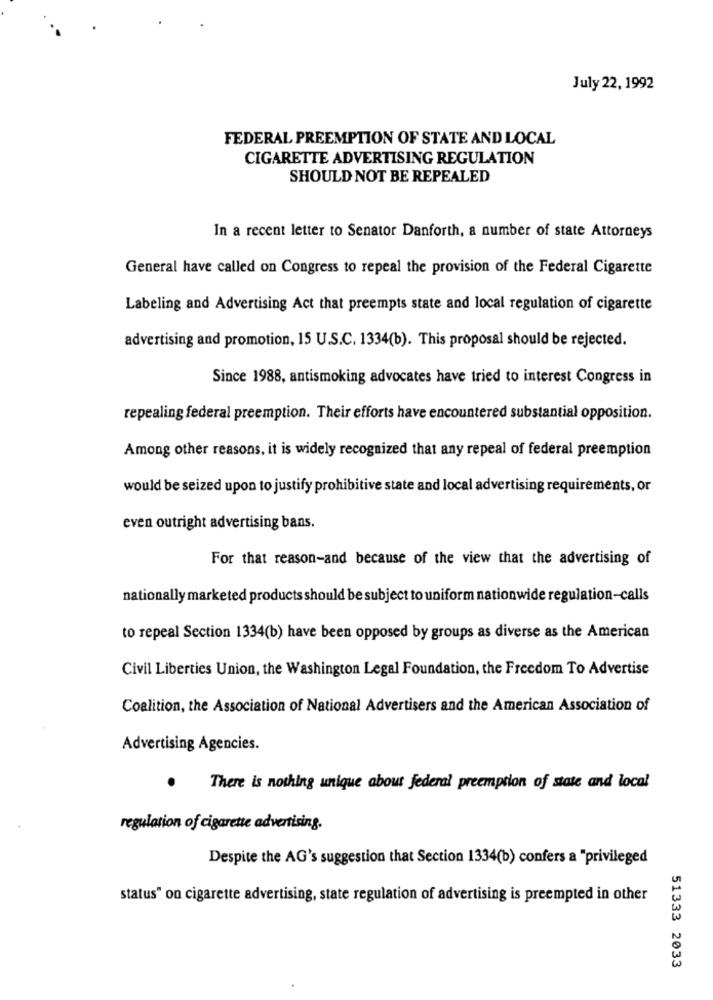
July 22, 1992
FEDERAL PREEMPTION OF STATE AND LOCAL
CIGARETTE ADVERTISING REGULATION
SHOULD NOT BE REPEALED
In a recent letter to Senator Danforth, a number of state Attorneys
General have called on Congress to repeal the provision of the Federal Cigarette
Labeling and Advertising Act that preempts state and local regulation of cigarette
advertising and promotion, 15 U.S.C. 1334(b). This proposal should be rejected.
Since 1988, antismoking advocates have tried to interest Congress in
repealing federal preemption. Their efforts have encountered substantial opposition.
Among other reasons, it is widely recognized that any repeal of federal preemption
would be seized upon to justify prohibitive state and local advertising requirements, or
even outright advertising bans.
For that reason-and because of the view that the advertising of
nationally marketed products should be subject to uniform nationwide regulation-calls
to repeal Section 1334(b) have been opposed by groups as diverse as the American
Civil Liberties Union, the Washington Legal Foundation, the Freedom To Advertise
Coalition, the Association of National Advertisers and the American Association of
Advertising Agencies.
.
There is nothing unique about federal preemption of state and local
regulation of cigarette advertising.
Despite the AG's suggestion that Section 1334(b) confers a "privileged
status" on cigarette advertising, state regulation of advertising is preempted in other
51333 2033